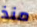
منذ